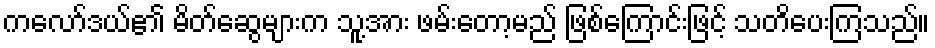
ကလော်ဒယ်၏ မိတ်ဆွေများက သူ့အား ဖမ်းတော့မည် ဖြစ်ကြောင်းဖြင့် သတိပေးကြသည်။